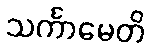
သင်္ကာမေတိ